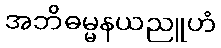
အဘိဓမ္မနယညူဟံ